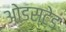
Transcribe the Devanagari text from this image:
ओडस्टेड